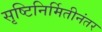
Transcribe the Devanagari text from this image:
सृष्टिनिर्मितीनंतर